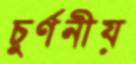
চুর্ণনীয়